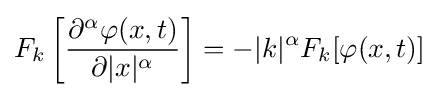
F_{k}\left[{\frac {\partial ^{\alpha }\varphi (x,t)}{\partial |x|^{\alpha }}}\right]=-|k|^{\alpha }F_{k}[\varphi (x,t)]